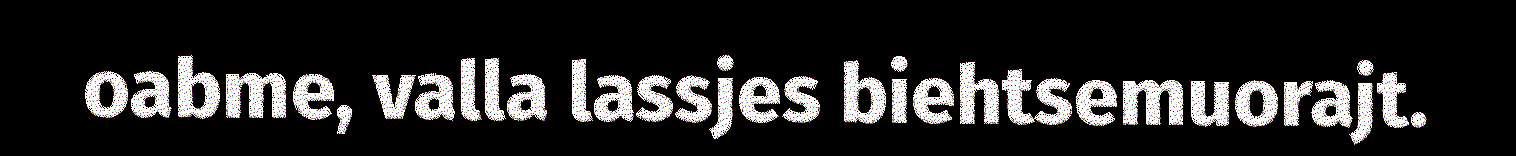
oabme, valla lassjes biehtsemuorajt.